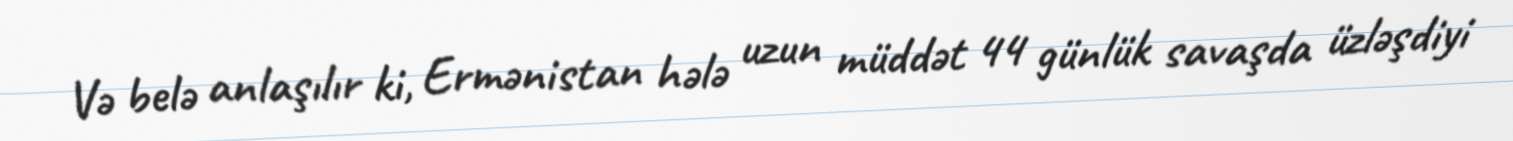
Və belə anlaşılır ki, Ermənistan hələ uzun müddət 44 günlük savaşda üzləşdiyi